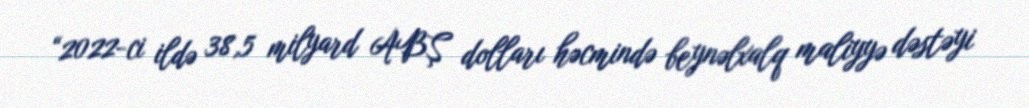
“2022-ci ildə 38,5 milyard ABŞ dolları həcmində beynəlxalq maliyyə dəstəyi